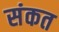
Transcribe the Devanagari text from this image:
संकत